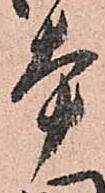
本